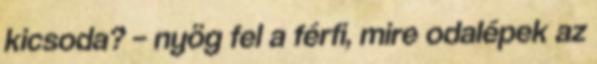
kicsoda? – nyög fel a férfi, mire odalépek az